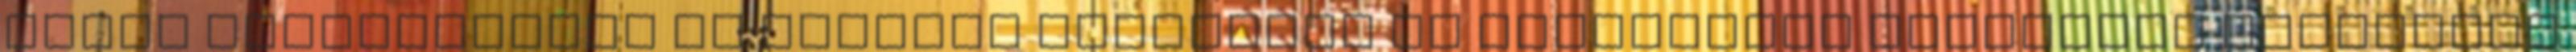
erdős környezetben az elegáns szállodák és apartmanok tömkelege található